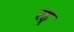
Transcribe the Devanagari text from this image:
रह्